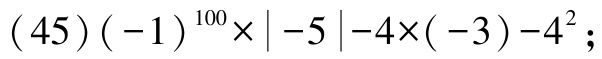
$(45)(-1)^{100}\times|-5|-4\times(-3)-4^{2}$